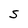
Character: S